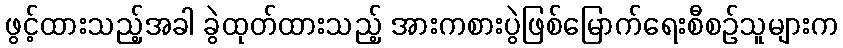
ဖွင့်ထားသည့်အခါ ခွဲထုတ်ထားသည့် အားကစားပွဲဖြစ်မြောက်ရေးစီစဉ်သူများက